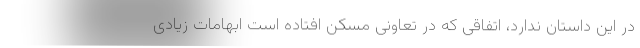
در این داستان ندارد، اتفاقی که در تعاونی مسکن افتاده است ابهامات زیادی